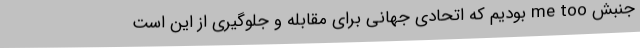
جنبش me too بودیم که اتحادی جهانی برای مقابله و جلوگیری از این است